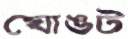
ঘোঙট